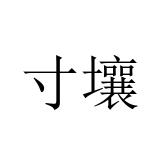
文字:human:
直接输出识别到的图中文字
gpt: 寸壤